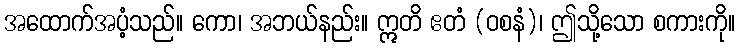
အထောက်အပံ့သည်။ ကော၊ အဘယ်နည်း။ ဣတိ ဧတံ (ဝစနံ)၊ ဤသို့သော စကားကို။